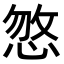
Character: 𢜕